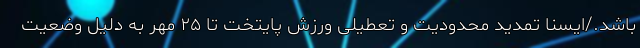
باشد./ايسنا تمدید محدودیت و تعطیلی ورزش پایتخت تا ۲۵ مهر به دلیل وضعیت